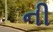
ની